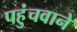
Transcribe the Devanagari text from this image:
पहुंचवाने